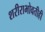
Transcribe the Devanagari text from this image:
शरीराभोवतीही